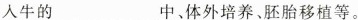
人牛的___中，体外培养。胚胎移植等。